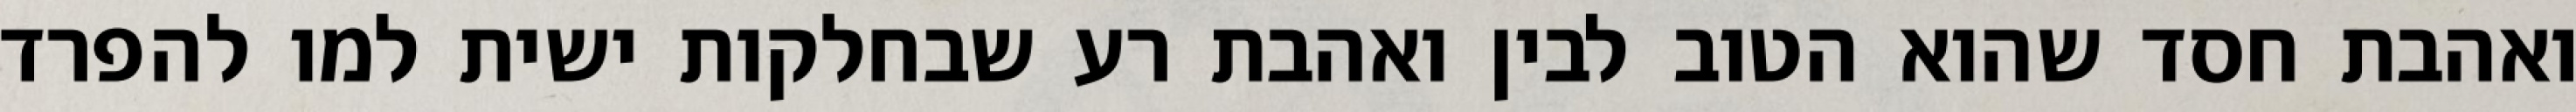
ואהבת חסד שהוא הטוב לבין ואהבת רע שבחלקות ישית למו להפרד